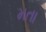
મતા